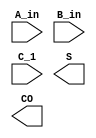
module cla_4bit(
  input [3:0] A_in,
  input [3:0] B_in,
  input C_1,
  output [3:0] S,
  output CO
);

  wire [3:0] g;
  wire [3:0] p;

  // Calculate G and P for each bit
  assign g[0] = A_in[0] & B_in[0];
  assign p[0] = A_in[0] | B_in[0];

  assign g[1] = A_in[1] & B_in[1] | g[0] & p[0];
  assign p[1] = A_in[1] | B_in[1];

  assign g[2] = A_in[2] & B_in[2] | g[1] & p[1];
  assign p[2] = A_in[2] | B_in[2];

  assign g[3] = A_in[3] & B_in[3] | g[2] & p[2];
  assign p[3] = A_in[3] | B_in[3];

  // Calculate sum and carry-out
  assign sum = A_in ^ B_in ^ C_1;
  assign cout = g[3] | (g[2] & p[3]) | (g[1] & p[2] & p[3]) | (g[0] & p[1] & p[2] & p[3]);

endmodule